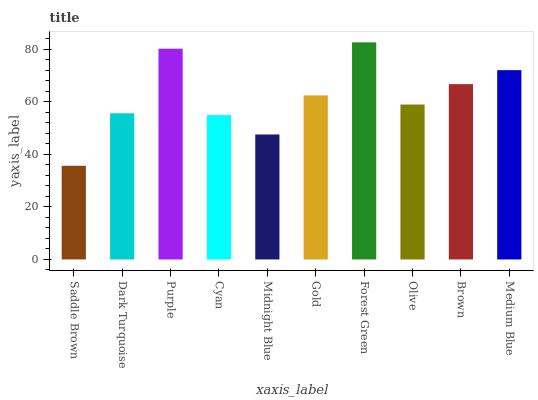
| xaxis_label | bars |
 | --- | --- |
 | Saddle Brown | 35.6 |
 | Dark Turquoise | 55.6 |
 | Purple | 80.2 |
 | Cyan | 54.9 |
 | Midnight Blue | 47.5 |
 | Gold | 62.4 |
 | Forest Green | 82.6 |
 | Olive | 58.9 |
 | Brown | 66.7 |
 | Medium Blue | 72 |